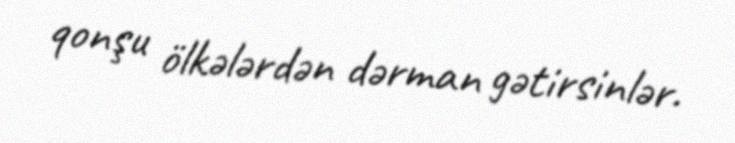
qonşu ölkələrdən dərman gətirsinlər.